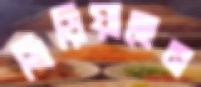
ভিড়িয়াছেন